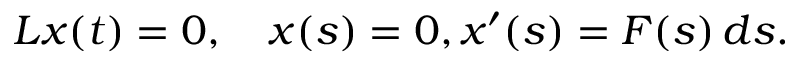
L x ( t ) = 0 , \quad x ( s ) = 0 , x ^ { \prime } ( s ) = F ( s ) \, d s .